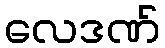
လေဒဏ်